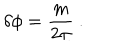
\delta \phi = { \frac { m } { 2 \pi } } \ .